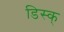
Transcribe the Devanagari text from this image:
डिस्क्